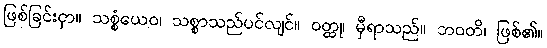
ဖြစ်ခြင်းငှာ။ သစ္စံယေဝ၊ သစ္စာသည်ပင်လျင်။ ဝတ္ထု၊ မှီရာသည်။ ဘဝတိ၊ ဖြစ်၏။